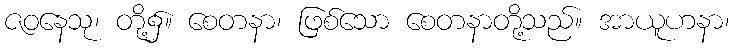
ဇဝနေသု၊ တို့၌။ စေတနာ၊ ဖြစ်သော စေတနာတို့သည်။ အာယူဟနာ၊